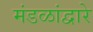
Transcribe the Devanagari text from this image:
मंडळांद्वारे